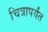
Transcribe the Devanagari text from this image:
चित्रापर्यंत